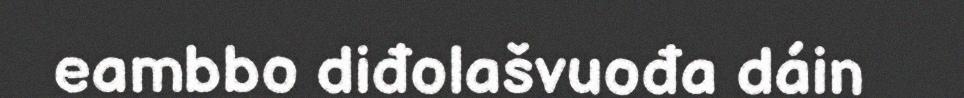
eambbo diđolašvuođa dáin